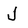
Character: J